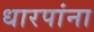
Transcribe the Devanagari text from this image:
धारपांना